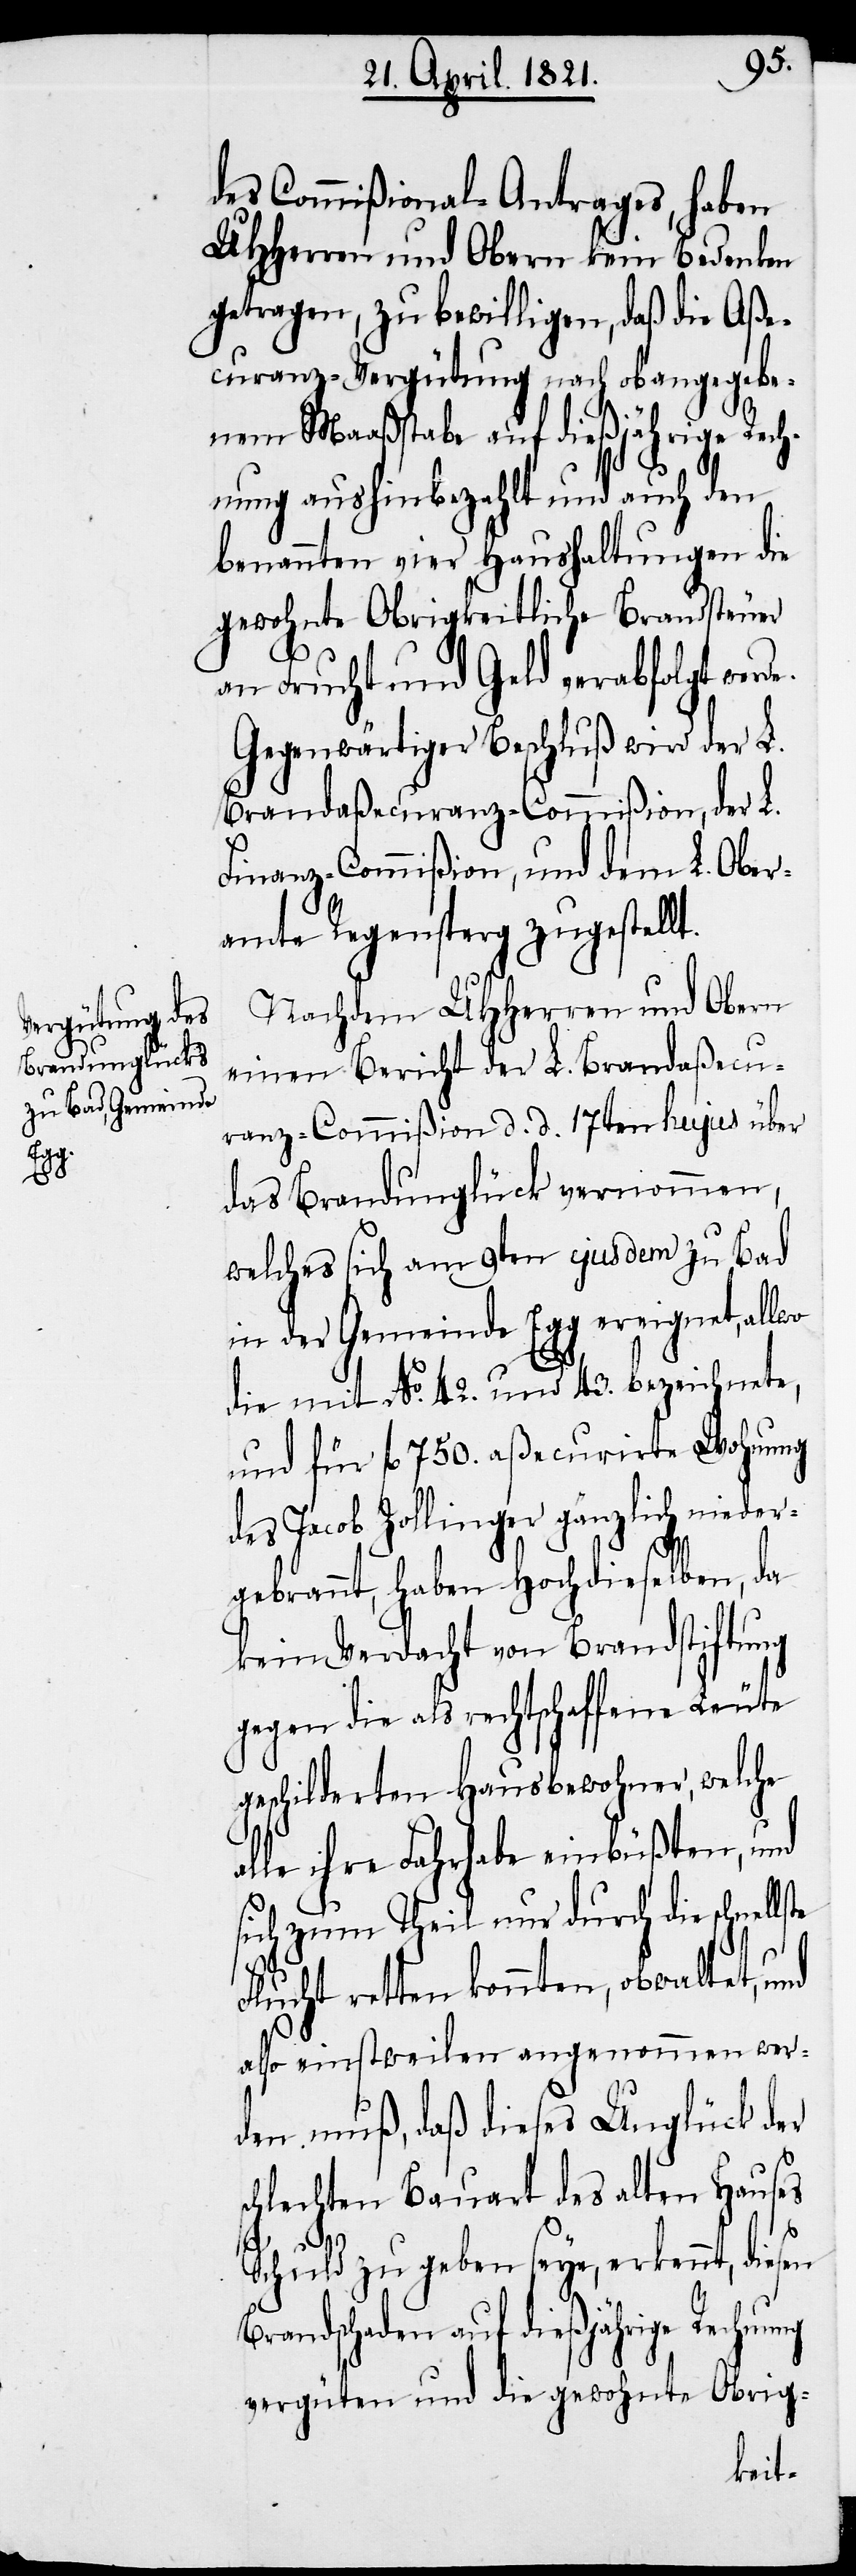
s¬
Obe¬
e.

des Commißional-Antrages, haben
UHHerren und Obern kein Bedenken
getragen, zu bewilligen, daß die Aße¬
curanz-Vergütung nach obangegebe¬
nem Maaßstabe auf dießjährige Rech¬
nung aushinbezahlt und auch den
benannten vier Haushaltungen die
gewohnte Obrigkeitliche Brandsteuer
an Frucht und Geld verabfolgt werd¬
Gegenwärtiger Beschluß wird der L.
Brandaßecuranz-Commißion, und dem
ramte Regensperg zugestell¬
Nachdem UHHerren und Obern
einen Bericht der L. Brandaßecu¬
ranz-Commißion d. d. 17ten hujus über
das Brandunglück vernommen,
welches sich am 9ten ejusdem zu Bad
in der Gemeinde Egg ereignet, allwo
die mit No. 42. und 43. bezeichnete,
und für fl. 750. aßecurirte Wohnung
des Jacob Zollinger gänzlich nieder¬
gebrannt, haben Hochdieselben, da
kein Verdacht von Brandstiftung
gegen die als rechtschaffene Leute
geschilderten Hausbewohner, welche
alle ihre Fahrhabe einbüßten, und
sich zum Theil nur durch die schnel¬
Flucht retten konnten, obwaltet, und
also einstweilen angenommen wer¬
den muß, daß dieses Unglück der
chlechten Bauart des alten Hauses
Schuld zu geben seye, erkennt, diesen
Brandschaden auf dießjährige Rechnung
vergüten und die gewohnte Obrig-
lste